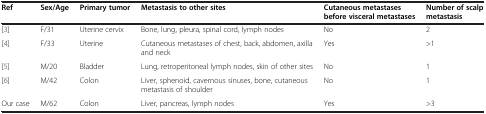
<table><thead><tr><td><b>Ref</b></td><td><b>Sex/Age</b></td><td><b>Primary tumor</b></td><td><b>Metastasis to other sites</b></td><td><b>Cutaneous metastases before visceral metastases</b></td><td><b>Number of scalp metastasis</b></td></tr></thead><tbody><tr><td>[3]</td><td>F/31</td><td>Uterine cervix</td><td>Bone, lung, pleura, spinal cord, lymph nodes</td><td>No</td><td>2</td></tr><tr><td>[4]</td><td>F/33</td><td>Uterine</td><td>Cutaneous metastases of chest, back, abdomen, axilla and neck</td><td>Yes</td><td>&gt;1</td></tr><tr><td>[5]</td><td>M/20</td><td>Bladder</td><td>Lung, retroperitoneal lymph nodes, skin of other sites</td><td>No</td><td>1</td></tr><tr><td>[6]</td><td>M/42</td><td>Colon</td><td>Liver, sphenoid, cavernous sinuses, bone, cutaneous metastasis of shoulder</td><td>No</td><td>1</td></tr><tr><td>Our case</td><td>M/62</td><td>Colon</td><td>Liver, pancreas, lymph nodes</td><td>Yes</td><td>&gt;3</td></tr></tbody></table>